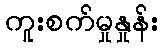
ကူးစက်မှုနှုန်း